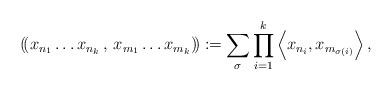
LaTeX: \begin{align*}\left(\!\left( x_{n_1}\ldots x_{n_k}\,,\, x_{m_1}\ldots x_{m_k}\right)\!\right) \coloneqq \sum_\sigma \prod_{i=1}^k \left< x_{n_i},x_{m_{\sigma(i)}}\right>,\end{align*}